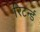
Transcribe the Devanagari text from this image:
रिटर्न्ड